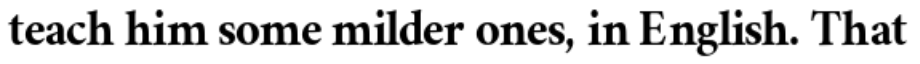
teach him some milder ones, in English. That